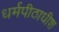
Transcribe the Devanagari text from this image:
धर्मपीठाधीश